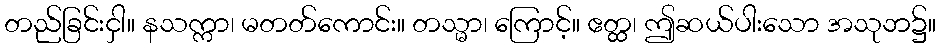
တည်ခြင်းငှါ။ နသက္ကာ၊ မတတ်ကောင်း။ တသ္မာ၊ ကြောင့်။ ဧတ္ထ၊ ဤဆယ်ပါးသော အသုဘ၌။